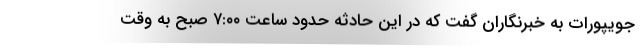
جویپورات به خبرنگاران گفت که در این حادثه حدود ساعت ۷:۰۰ صبح به وقت